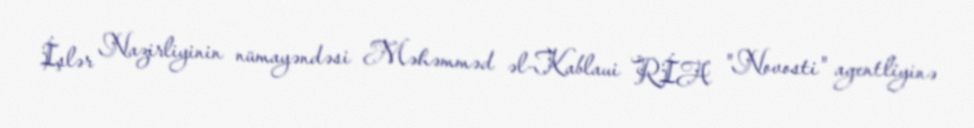
İşlər Nazirliyinin nümayəndəsi Məhəmməd əl-Kablaui RİA "Novosti" agentliyinə